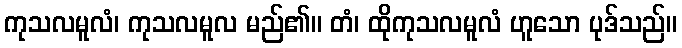
ကုသလမူလံ၊ ကုသလမူလ မည်၏။ တံ၊ ထိုကုသလမူလံ ဟူသော ပုဒ်သည်။